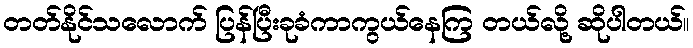
တတ်နိုင်သလောက် ပြန်ပြီးခုခံကာကွယ်နေကြ တယ်လို့ ဆိုပါတယ်။